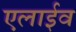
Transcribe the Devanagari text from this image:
एलाईव